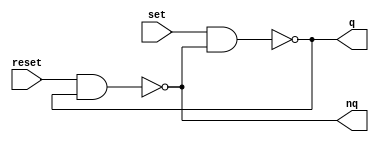
module m_rs_flipflop(input set, input reset, output q, output nq);
	assign q=~(set & nq);
	assign nq=~(reset & q);
endmodule

module m_Shiftreg1(input clk, input d_in, output [2:0] q);
	reg [2:0] ff;
	
	assign q = ff;
	
	always @(posedge clk) begin
		ff[0] <= d_in;
		ff[1] <= ff[0];
		ff[2] <= ff[1];
	end
endmodule

module m_Shiftreg3(input clk, input d_in, output [2:0] q);
	reg [2:0] ff;
	assign q = ff;
	always @(posedge clk) begin
		ff={ff[1:0], d_in};
	end
endmodule